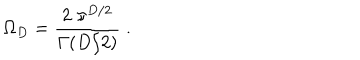
\Omega _ { { D } } = \frac { 2 \; \pi ^ { { D } / 2 } } { \Gamma ( D / 2 ) } \; .